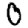
Digit: 0